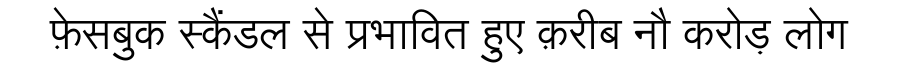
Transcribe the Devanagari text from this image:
फ़ेसबुक स्कैंडल से प्रभावित हुए क़रीब नौ करोड़ लोग